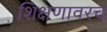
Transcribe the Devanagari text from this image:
शिक्षणावरच